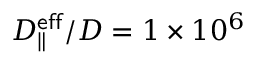
D _ { \parallel } ^ { \mathsf { e f f } } / D = 1 \times 1 0 ^ { 6 }